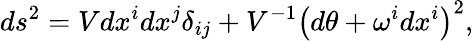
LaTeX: ds^{2}=Vdx^{i}dx^{j}\delta_{ij}+V^{-1}\left(d\theta+\omega^{i}dx^{i}\right)^{2},